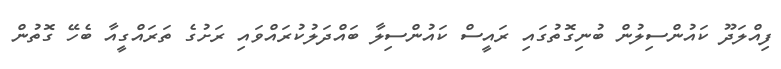
ފިއްލަދޫ ކައުންސިލުން ބުނިގޮތުގައި ރައީސް ކައުންސިލާ ބައްދަލުކުރައްވައި ރަށުގެ ތަރައްގީއާ ބެހޭ ގޮތުން